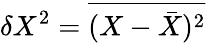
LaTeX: \delta X^{2}=\overline{{(X-\bar{X})^{2}}}